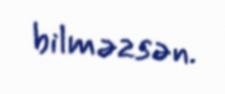
bilməzsən.